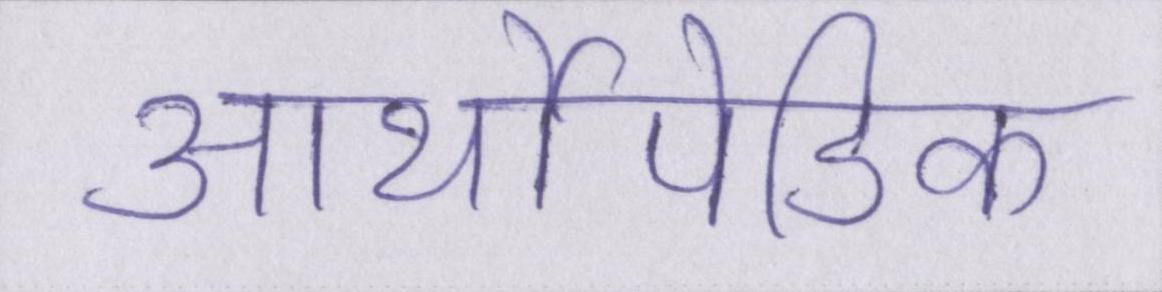
आर्थोपेडिक